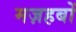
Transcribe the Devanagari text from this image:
मज़हबों